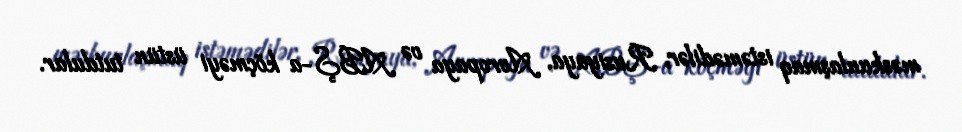
məskunlaşmaq istəmədilər, Rusiyaya, Avropaya və ABŞ-a köçməyi üstün tutdular.